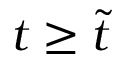
t \geq \widetilde t